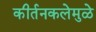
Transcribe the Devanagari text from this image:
कीर्तनकलेमुळे